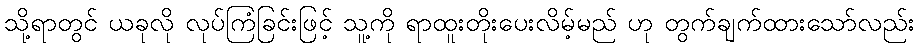
သို့ရာတွင် ယခုလို လုပ်ကြံခြင်းဖြင့် သူ့ကို ရာထူးတိုးပေးလိမ့်မည် ဟု တွက်ချက်ထားသော်လည်း